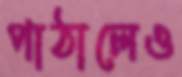
পাঠালেও